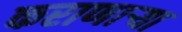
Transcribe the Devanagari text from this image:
कराणाऱ्या